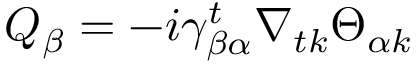
Q _ { \beta } = - i \gamma _ { \beta \alpha } ^ { t } \nabla _ { t k } \Theta _ { \alpha k }